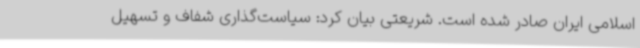
اسلامی ایران صادر شده است. شریعتی بیان کرد: سیاست‌گذاری شفاف و تسهیل